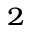
^ 2